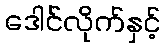
ဒေါင်လိုက်နှင့်